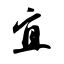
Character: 宜